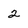
Character: 2